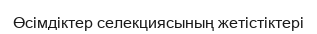
Өсімдіктер селекциясының жетістіктері